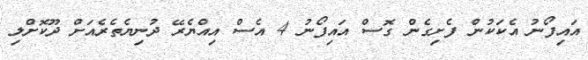
އައިފޯނު އެކަކުން ފެށިގެން ގޮސް އައިފޯނު 4 އެސް އިއްޔެރޭ ދުނިޔެތެރެއަށް ދޫކޮށްލި